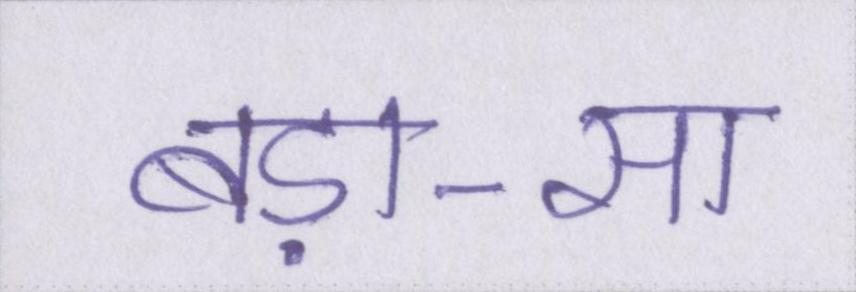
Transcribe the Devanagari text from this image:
बड़ा-सा